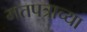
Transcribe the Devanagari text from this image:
मतपत्राच्या